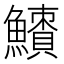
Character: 𩼜